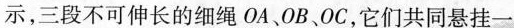
示，三段不可伸长的细绳OA、OB、OC，它们共同悬挂一